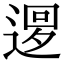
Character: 𨕔